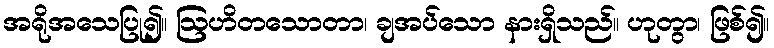
အရိုအသေပြု၍။ ဩဟိတသောတာ၊ ချအပ်သော နားရှိသည်။ ဟုတွာ၊ ဖြစ်၍။